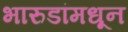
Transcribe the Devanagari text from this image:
भारुडांमधून